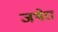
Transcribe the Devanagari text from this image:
जथेरा